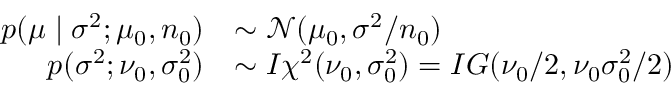
{ \begin{array} { r l } { p ( \mu \mid \sigma ^ { 2 } ; \mu _ { 0 } , n _ { 0 } ) } & { \sim { \mathcal { N } } ( \mu _ { 0 } , \sigma ^ { 2 } / n _ { 0 } ) } \\ { p ( \sigma ^ { 2 } ; \nu _ { 0 } , \sigma _ { 0 } ^ { 2 } ) } & { \sim I \chi ^ { 2 } ( \nu _ { 0 } , \sigma _ { 0 } ^ { 2 } ) = I G ( \nu _ { 0 } / 2 , \nu _ { 0 } \sigma _ { 0 } ^ { 2 } / 2 ) } \end{array} }